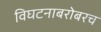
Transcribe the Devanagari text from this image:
विघटनाबरोबरच